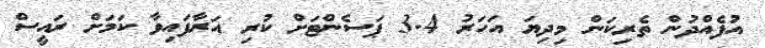
އުފެއްދުން ތެރިކަން މިދިޔަ އަހަރު 3.4 ޕަސެންޓަށް ކުރި އަރާފައިވާ ކަމަށް ރައީސް